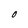
Character: O